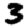
Digit: 3